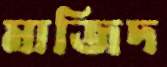
মাজিদ